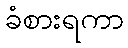
ခံစားရကာ